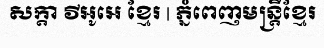
សក្តា វីអូអេ ខ្មែរ | ភ្នំពេញមន្ត្រីខ្មែរ